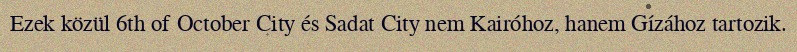
Ezek közül 6th of October City és Sadat City nem Kairóhoz, hanem Gízához tartozik.